Report on vaccination in the Province of Bengal - 1874-1889
Year: 1874
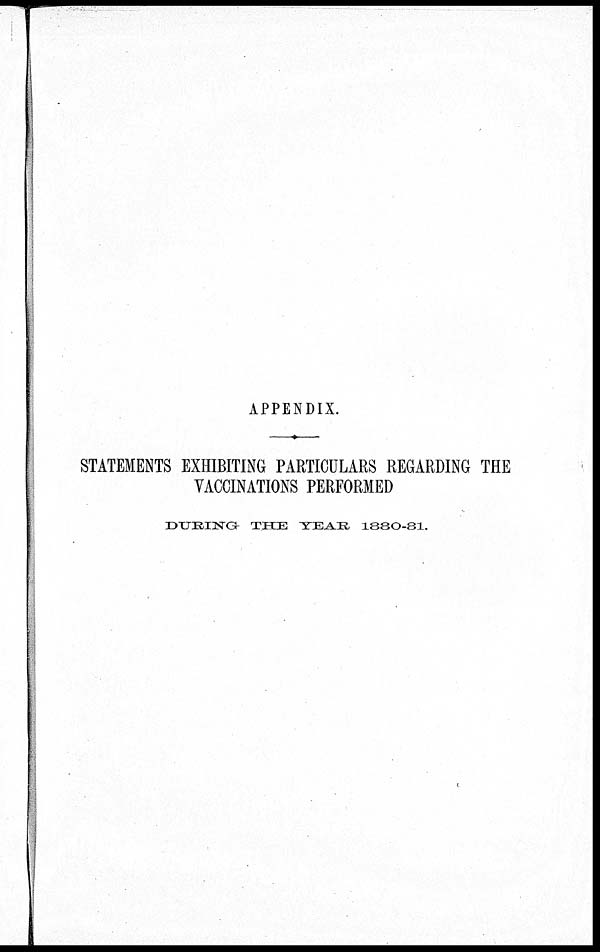
APPENDIX.
STATEMENTS EXHIBITING PARTICULARS REGARDING THE
VACCINATIONS PERFORMED
DURING THE
YEAR 1880-81.